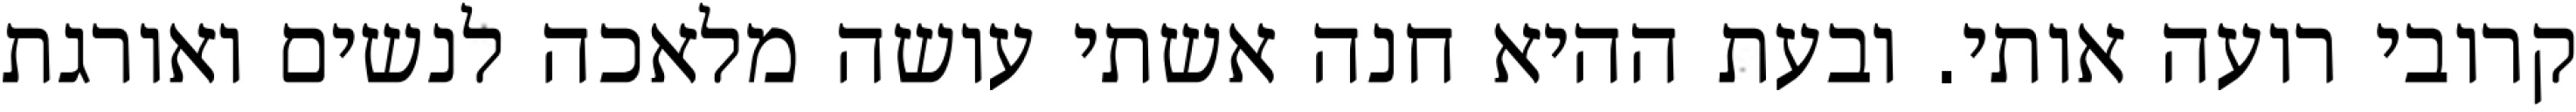
קרובי רועה אותי. ובעת ההיא חנה אשתי עושה מלאכה לנשים ואורגת